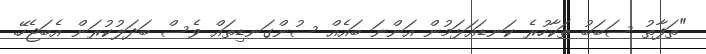
"ތަފާތު ސަބަބު ތަކާހުރެ ކަނޑައަޅަމުން އަންނަ ބައެއް ސުންގަނޑިތައް ވެސް ބަދަލުކުރަން އެބަޖެހޭ.